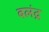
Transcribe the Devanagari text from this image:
बलंद्र